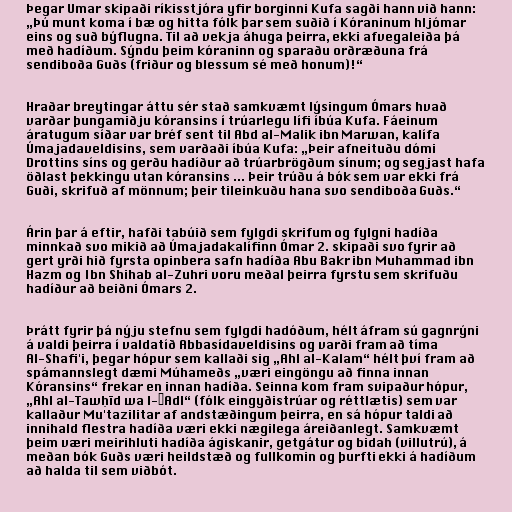
Þegar Umar skipaði ríkisstjóra yfir borginni Kufa sagði hann við hann:
„Þú munt koma í bæ og hitta fólk þar sem suðið í Kóraninum hljómar
eins og suð býflugna. Til að vekja áhuga þeirra, ekki afvegaleiða þá
með hadíðum. Sýndu þeim kóraninn og sparaðu orðræðuna frá
sendiboða Guðs (friður og blessum sé með honum)!“

Hraðar breytingar áttu sér stað samkvæmt lýsingum Ómars hvað
varðar þungamiðju kóransins í trúarlegu lífi íbúa Kufa. Fáeinum
áratugum síðar var bréf sent til Abd al-Malik ibn Marwan, kalífa
Úmajadaveldisins, sem varðaði íbúa Kufa: „Þeir afneituðu dómi
Drottins síns og gerðu hadíður að trúarbrögðum sínum; og segjast hafa
öðlast þekkingu utan kóransins ... Þeir trúðu á bók sem var ekki frá
Guði, skrifuð af mönnum; þeir tileinkuðu hana svo sendiboða Guðs.“

Árin þar á eftir, hafði tabúið sem fylgdi skrifum og fylgni hadíða
minnkað svo mikið að Úmajadakalífinn Ómar 2. skipaði svo fyrir að
gert yrði hið fyrsta opinbera safn hadíða Abu Bakr ibn Muhammad ibn
Hazm og Ibn Shihab al-Zuhri voru meðal þeirra fyrstu sem skrifuðu
hadíður að beiðni Ómars 2.

Þrátt fyrir þá nýju stefnu sem fylgdi hadóðum, hélt áfram sú gagnrýni
á valdi þeirra í valdatíð Abbasídaveldisins og varði fram að tíma
Al-Shafi'i, þegar hópur sem kallaði sig „Ahl al-Kalam“ hélt því fram að
spámannslegt dæmi Múhameðs „væri eingöngu að finna innan
Kóransins“ frekar en innan hadíða. Seinna kom fram svipaður hópur,
„Ahl al-Tawḥīd wa l-ʿAdl“ (fólk eingyðistrúar og réttlætis) sem var
kallaður Mu'tazilitar af andstæðingum þeirra, en sá hópur taldi að
innihald flestra hadíða væri ekki nægilega áreiðanlegt. Samkvæmt
þeim væri meirihluti hadíða ágiskanir, getgátur og bidah (villutrú), á
meðan bók Guðs væri heildstæð og fullkomin og þurfti ekki á hadíðum
að halda til sem viðbót.